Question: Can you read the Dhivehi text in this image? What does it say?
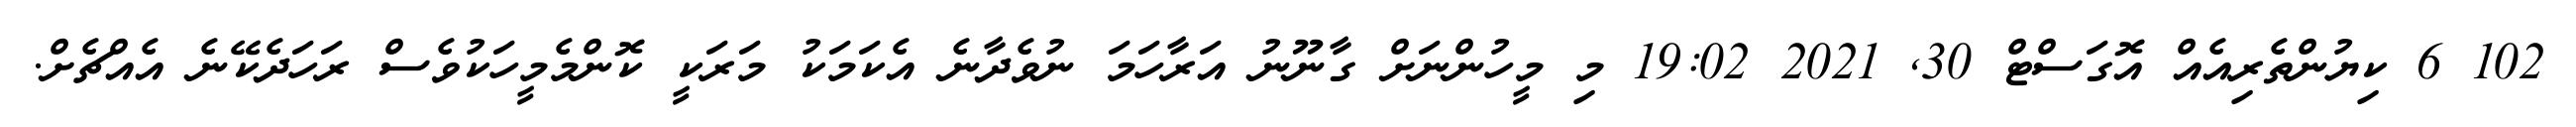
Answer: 102 6 ކިޔުންތެރިއެއް އޮގަސްޓް 30, 2021 19:02 މި މީހުންނަށް ގާނޫނު އަރާހަމަ ނުވެދާނެ އެކަމަކު މަރަކީ ކޮންމެމީހަކުވެސް ރަހަދެކޭނެ އެއްޗެށް.